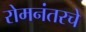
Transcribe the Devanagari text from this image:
रोमनंतरचे